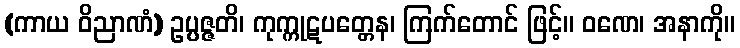
(ကာယ ဝိညာဏံ) ဥပ္ပဇ္ဇတိ၊ ကုက္ကုဋပတ္တေန၊ ကြက်တောင် ဖြင့်။ ဝဏေ၊ အနာကို။